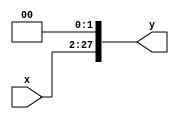
module sh_left(input [25:0] x,
output reg [27:0] y);
 
       reg [27:0]im;
       always @(*)
       begin
	   im = {2'b00,x};
       y=im<<2;
       end
	
 
endmodule